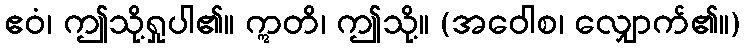
ဧဝံ၊ ဤသို့ရှုပါ၏။ ဣတိ၊ ဤသို့။ (အဝေါစ၊ လျှောက်၏။)